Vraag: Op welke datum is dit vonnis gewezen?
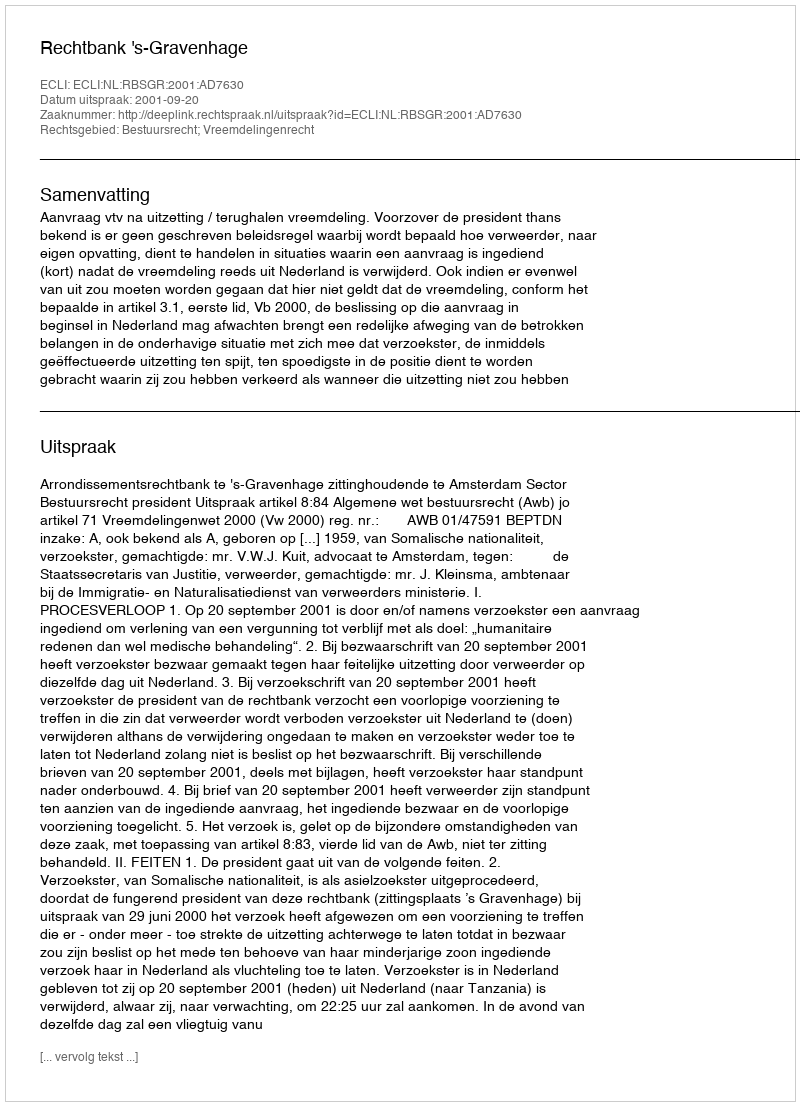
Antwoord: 2001-09-20